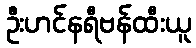
ဦးဟင်နရီဗန်ထီးယူ